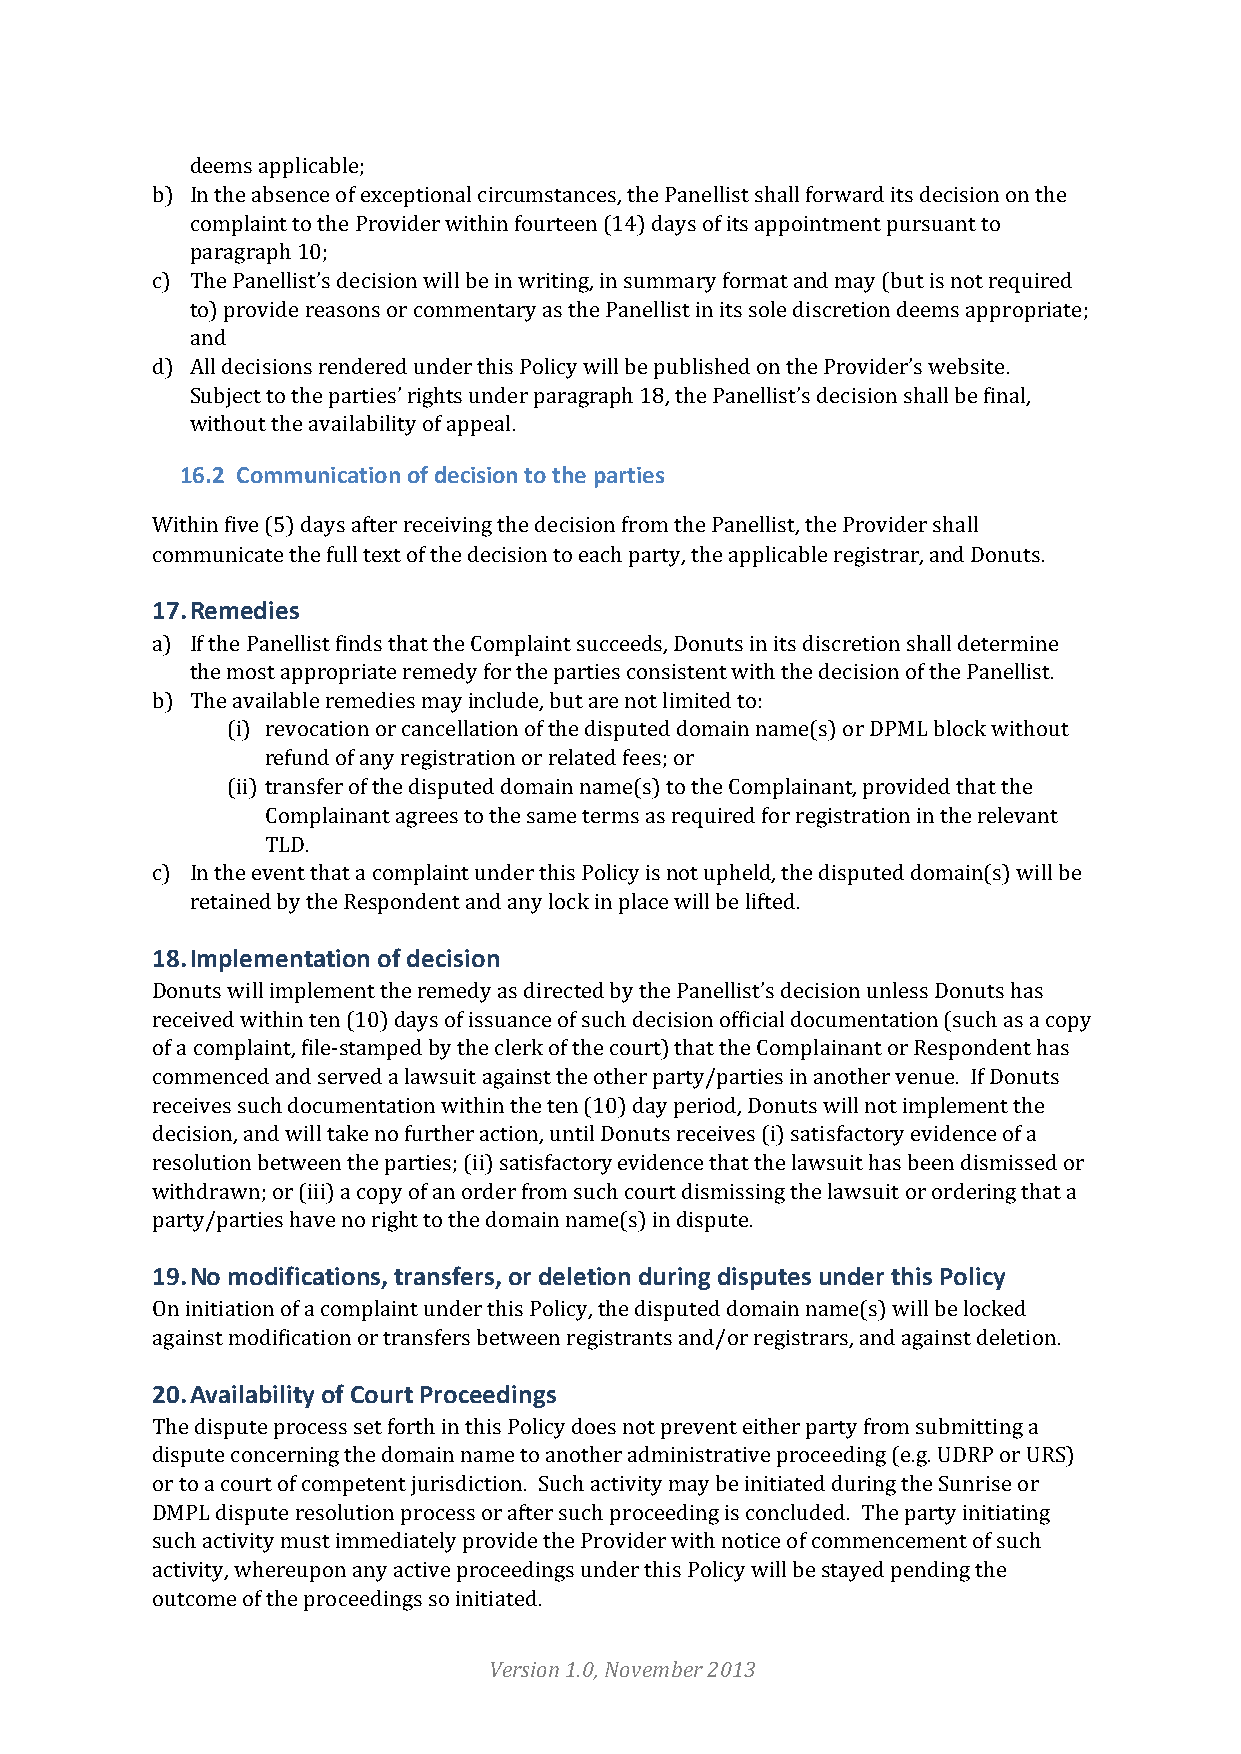
deems applicable;
 b) In the absence of exceptional circumstances, the Panellist shall forward its decision on the
 complaint to the Provider within fourteen (14) days of its appointment pursuant to
 paragraph 10;
 c) The Panellist’s decision will be in writing, in summary format and may (but is not required
 to) provide reasons or commentary as the Panellist in its sole discretion deems appropriate;
 and
 d) All decisions rendered under this Policy will be published on the Provider’s website.
 Subject to the parties’ rights under paragraph 18, the Panellist’s decision shall be final,
 without the availability of appeal.
 16.2 Communication of decision to the parties
 Within five (5) days after receiving the decision from the Panellist, the Provider shall
 communicate the full text of the decision to each party, the applicable registrar, and Donuts.
 17. Remedies
 a) If the Panellist finds that the Complaint succeeds, Donuts in its discretion shall determine
 the most appropriate remedy for the parties consistent with the decision of the Panellist.
 b) The available remedies may include, but are not limited to:
 (i) revocation or cancellation of the disputed domain name(s) or DPML block without
 refund of any registration or related fees; or
 (ii) transfer of the disputed domain name(s) to the Complainant, provided that the
 Complainant agrees to the same terms as required for registration in the relevant
 TLD.
 c) In the event that a complaint under this Policy is not upheld, the disputed domain(s) will be
 retained by the Respondent and any lock in place will be lifted.
 18. Implementation of decision
 Donuts will implement the remedy as directed by the Panellist’s decision unless Donuts has
 received within ten (10) days of issuance of such decision official documentation (such as a copy
 of a complaint, file-­‐stamped by the clerk of the court) that the Complainant or Respondent has
 commenced and served a lawsuit against the other party/parties in another venue. If Donuts
 receives such documentation within the ten (10) day period, Donuts will not implement the
 decision, and will take no further action, until Donuts receives (i) satisfactory evidence of a
 resolution between the parties; (ii) satisfactory evidence that the lawsuit has been dismissed or
 withdrawn; or (iii) a copy of an order from such court dismissing the lawsuit or ordering that a
 party/parties have no right to the domain name(s) in dispute.
 19. No modifications, transfers, or deletion during disputes under this Policy
 On initiation of a complaint under this Policy, the disputed domain name(s) will be locked
 against modification or transfers between registrants and/or registrars, and against deletion.
 20. Availability of Court Proceedings
 The dispute process set forth in this Policy does not prevent either party from submitting a
 dispute concerning the domain name to another administrative proceeding (e.g. UDRP or URS)
 or to a court of competent jurisdiction. Such activity may be initiated during the Sunrise or
 DMPL dispute resolution process or after such proceeding is concluded. The party initiating
 such activity must immediately provide the Provider with notice of commencement of such
 activity, whereupon any active proceedings under this Policy will be stayed pending the
 outcome of the proceedings so initiated.
 Version 1.0, November 2013